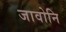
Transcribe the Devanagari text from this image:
जावोनि